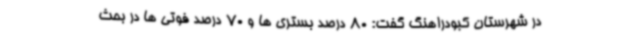
در شهرستان کبودراهنگ گفت: 80 درصد بستری ها و 70 درصد فوتی ها در بحث